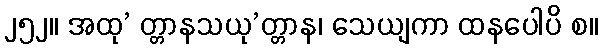
၂၅၂။ အထု’ တ္တာနသယု’တ္တာန၊ သေယျကာ ထနပေါပိ စ။